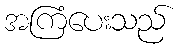
အကြံပေးသည်